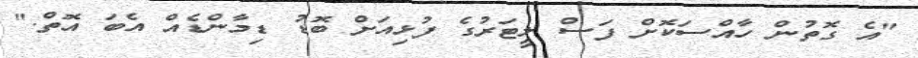
"އެ ގޮތުން ހާއްސަކޮށް ފަސް ލީޓަރުގެ ފުޅިއަށް ބޮޑު ޑިމާންޑެއް އެބަ އޮތް."